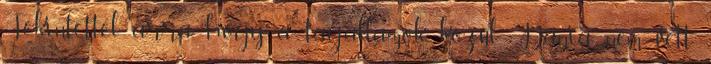
Tekintettel arra, hogy a tagállamok közül Dánia nem vett